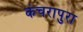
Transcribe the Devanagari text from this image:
कंचरापुरा